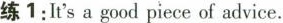
练1:It's a good piece of advice.